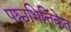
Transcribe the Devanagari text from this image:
पश्चभित्तिकेत